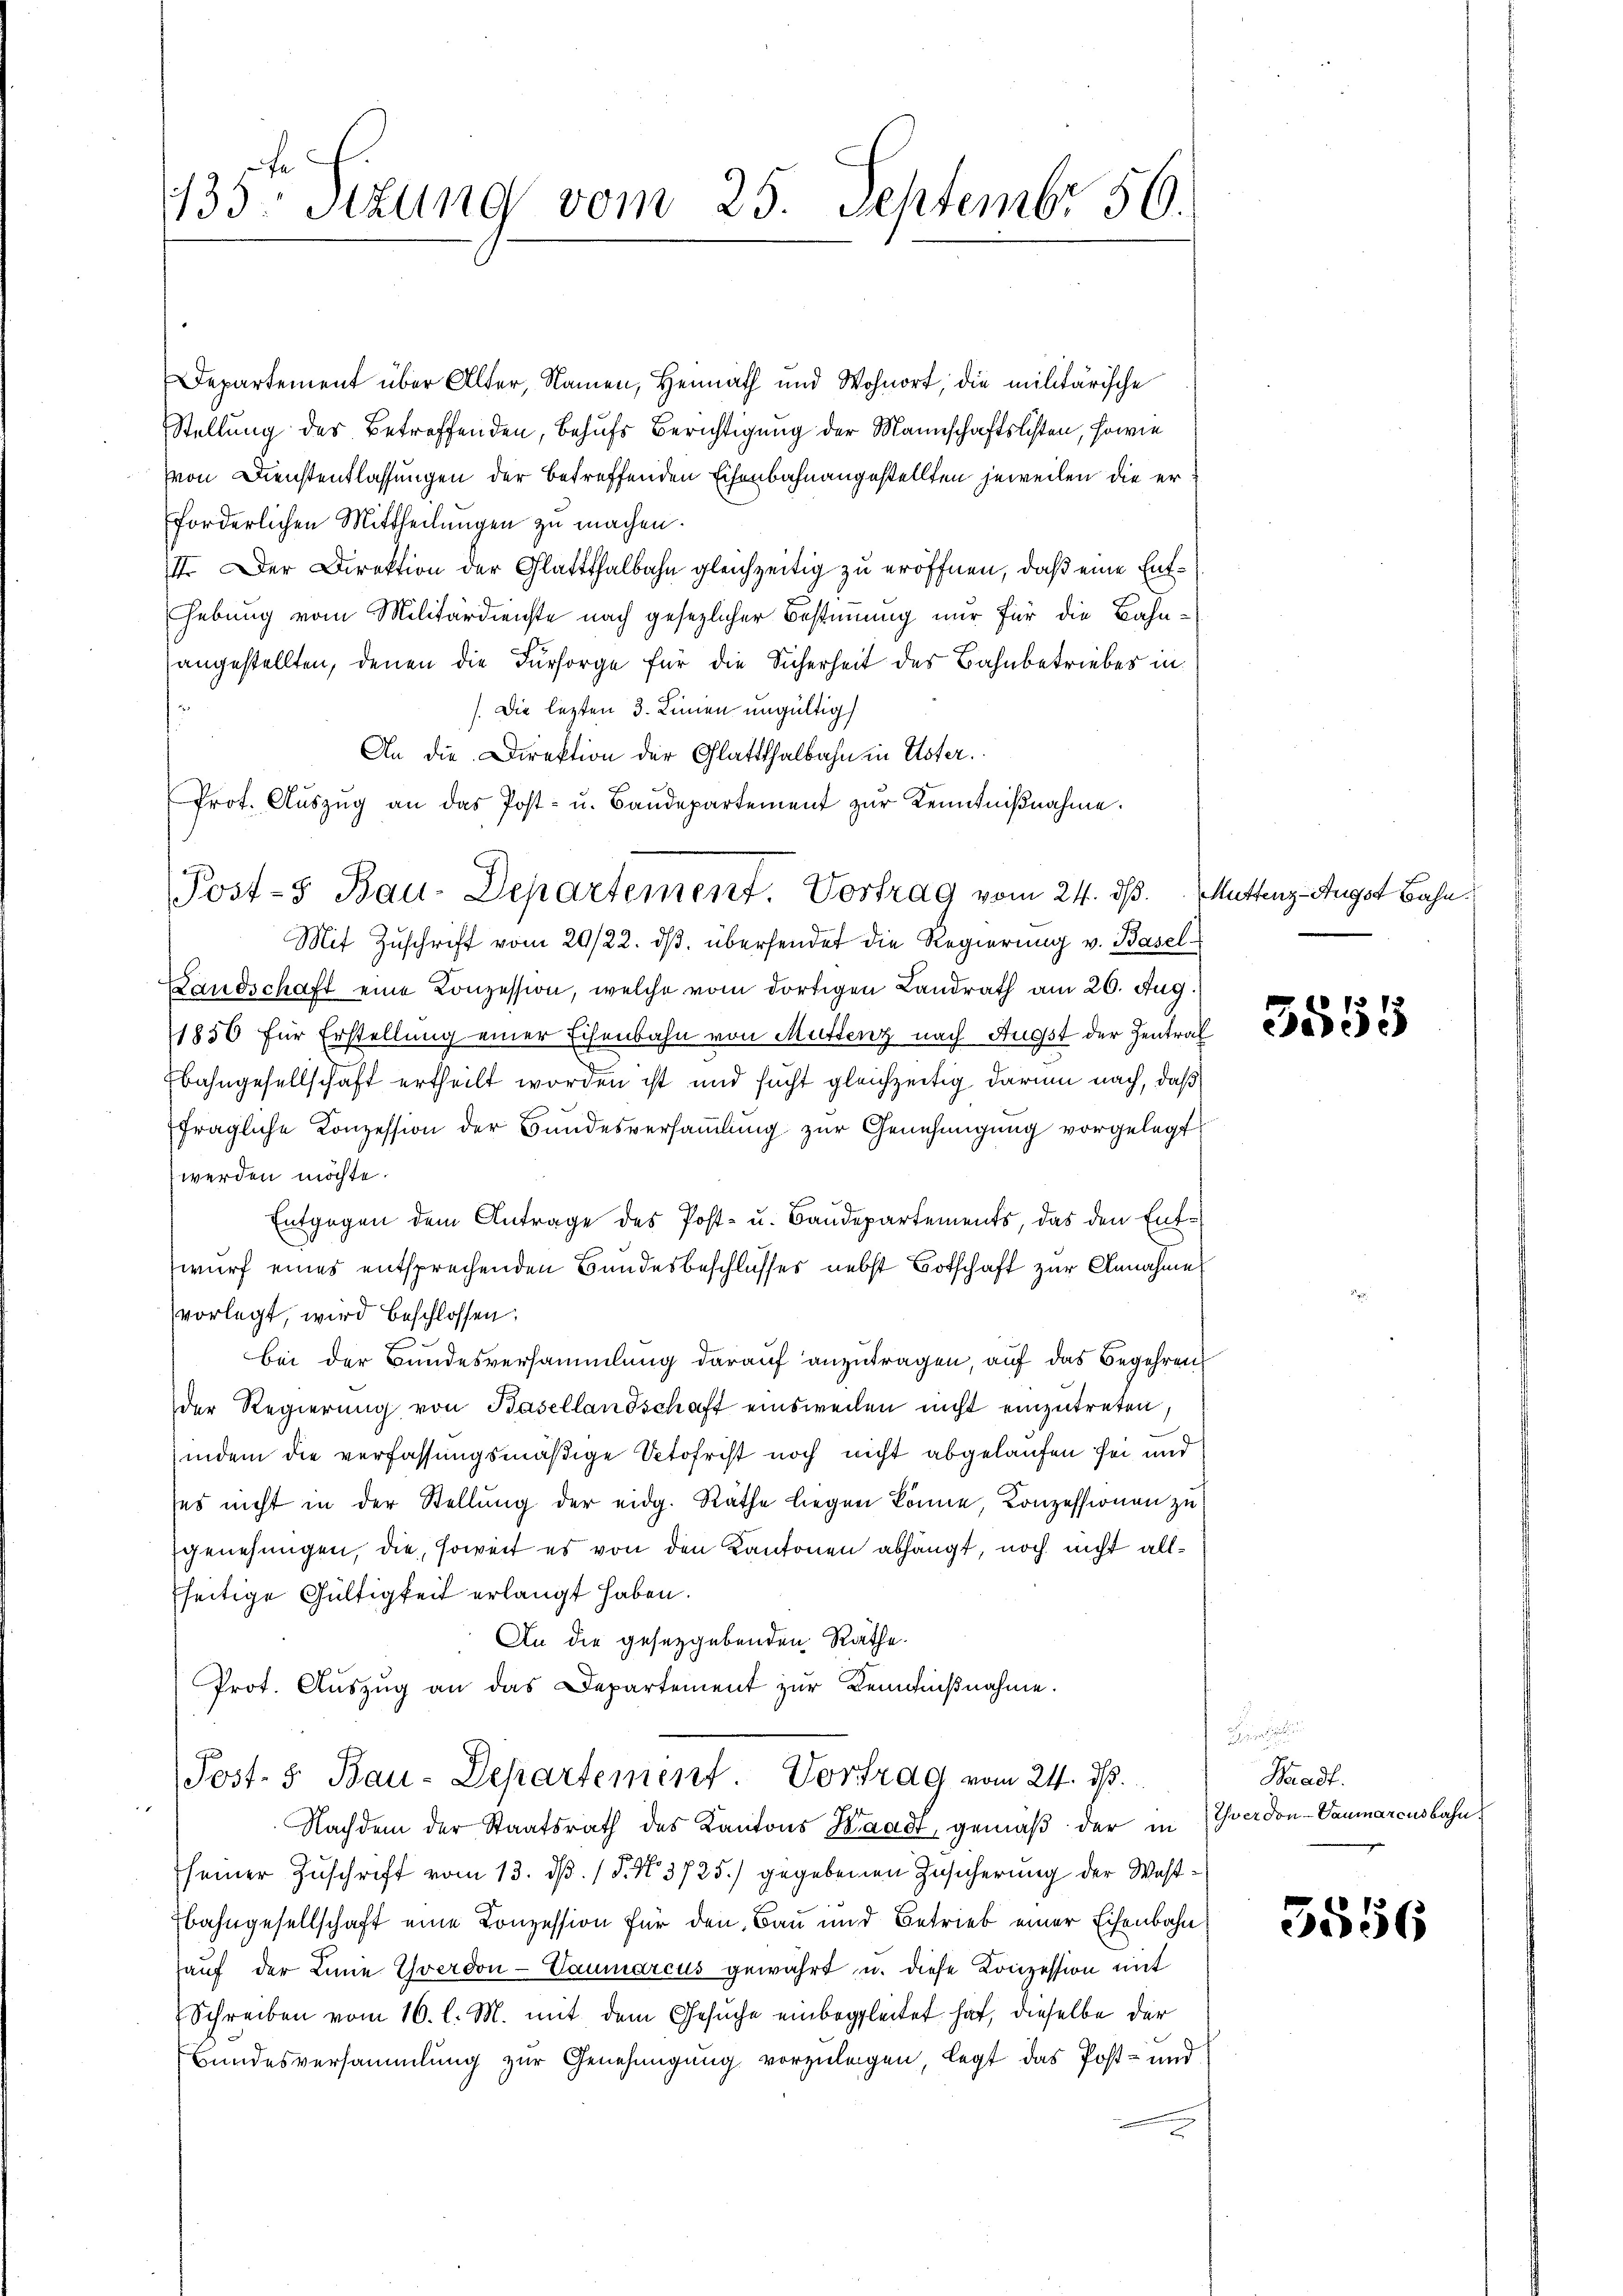
135 Sizung vom 25. Septembr 50.

Departement über Alter, Namen, Heimath und Wohnort, die militärische
Stellung des Betreffenden, behufs Berichtigung der Mannschaftslisten, sowie
Von Dienstentlassungen der betreffenden Eisenbahnangestellten jeweilen, die er
forderlichen Mittheilungen zu machen.
III. Der Direktion der Glattthalbahn gleichzeitig zu eröffnen, daß eine Enthebung vom Militärdienste nach gesezlicher Bestimmung nur für die Bahnangestellten, denen die Fürsorge für die Sicherheit des Bahnbetriebes in
). Die lezten 3. Linien ungültig
An die Direktion der Glattthalbahn in Uster.
Mit Zuschrift vom 20/22. dβ übersendet die Regierung v. Basel¬
Landschaft eine Konzession, welche vom dortigen Landrath am 26. Aug.
1850 für Erstellung einer Eisenbahn von Muttenz nach Ausst der Zentral
Ebahngesellschaft ertheilt worden ist und sucht gleichzeitig darum nach, daß
fragliche Konzession der Bundesversammlung zur Genehmigung vorgelegt
werden möchte.
Entgegen dem Antrage des Post- u. Baudepartements, das den Entwurf eines entsprechenden Bandesbeschlusses nebst Botschaft zur Annahme
vorlegt, wird beschlossen:
bei der Bundesversammlung darauf anzutragen, auf das Begehren
der Regierung von Basellandschaft einsweilen nicht einzutreten
indem die verfassungsmäßige Stofrist noch nicht abgelaufen sei und
ses nicht in der Stellung der eidg. Räthe liegen könne, Conzessionen zu
genehmigen, die, soweit es von den Kantonen abhängt, noch nicht allseitige Gültigkeit erlangt haben.
An die gesetzgebenden Räthe.
Prot. Aŭszŭg an das Departement zur Benensnahme.
Post- & Bau-Departement. Vortrag vom 24. ds.
Nachdem der Staatsrath des Kantons Waadt, gemäβ der in Yverdon-Vaumarcusbahn
seiner Zuschrift vom 13. d. 1. No. 3725.) gegebenen Zusicherung der West¬
Ebahngesellschaft eine Konzession für den Bau und Betrieb einer Eisenbahn
hauf der Linie Yverdon-Vaumarcus gewährt u. diese Konzession mit
Schreiben vom 16. l. M. mit dem Gesuche einbegleitet hat, dieselbe der
Bundesversammlung zur Genehmigung vorzulegen, legt das Post- und

Prot. Aŭszŭg an das Post- u. Baŭdepartement zŭr Kenntniβnahme.
Post-3 Bau-Departement. Vortrag vom 24. ds. Muttenz-Augat Bahn

3555

Hunde
Waadt.

3556